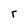
Character: r